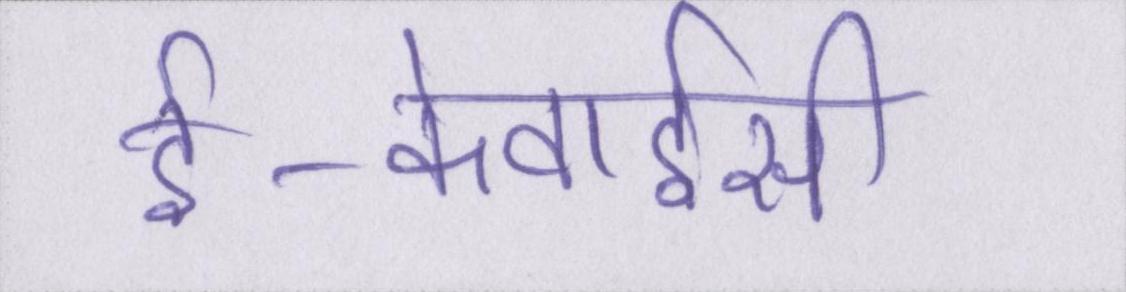
ई-केवाईसी